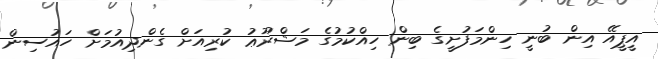
އީޕީއޭ އިން ބުނީ ހިންމަފުށީގެ ބިން ހިއްކުމުގެ މަޝްރޫޢު ކުރިއަށް ގެންދިއުމަށް ހައުސިން